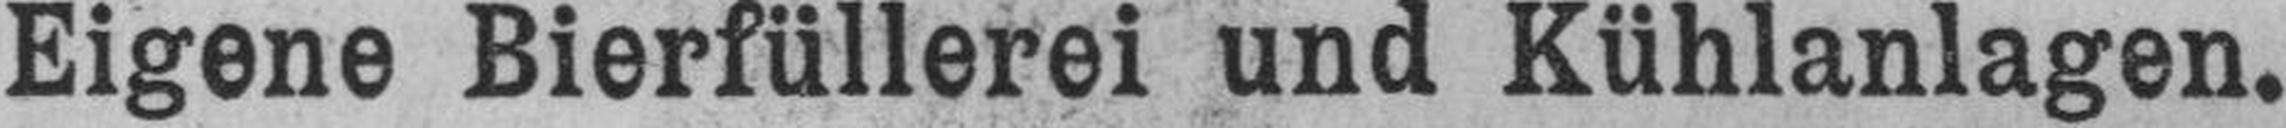
Eigene Bierfüllerei und Kühlanlagen.